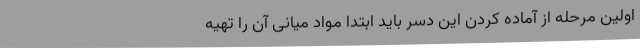
اولین مرحله از آماده کردن این دسر باید ابتدا مواد میانی آن را تهیه